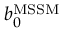
b _ { 0 } ^ { \mathrm { M S S M } }